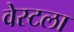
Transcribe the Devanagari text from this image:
वेस्टला